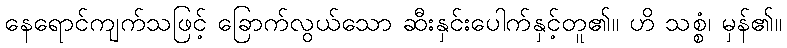
နေရောင်ကျက်သဖြင့် ခြောက်လွယ်သော ဆီးနှင်းပေါက်နှင့်တူ၏။ ဟိ သစ္စံ၊ မှန်၏။